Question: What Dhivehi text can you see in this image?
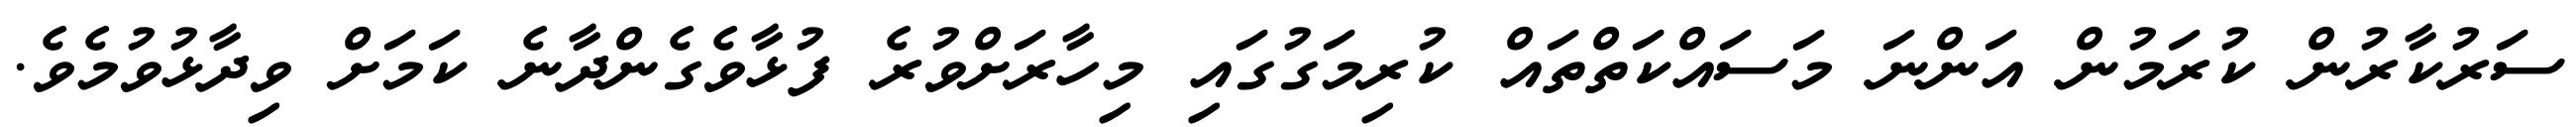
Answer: ސަރުކާރުން ކުރަމުން އަންނަ މަސައްކަތްތައް ކުރިމަގުގައި މިހާރަށްވުރެ ފުޅާވެގެންދާނެ ކަމަށް ވިދާޅުވުމެވެ.